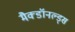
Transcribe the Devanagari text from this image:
मैक्डॉनल्ड्स